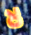
لا